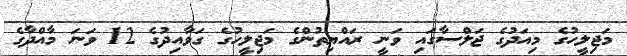
މަޖިލީހުގެ މިއަދުގެ ޖަލްސާގައި ވަނީ ރައްޔިތުންގެ މަޖިލީހުގެ ގަވާއިދުގެ 12 ވަނަ މާއްދާގެ